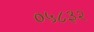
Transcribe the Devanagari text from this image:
०५८३२